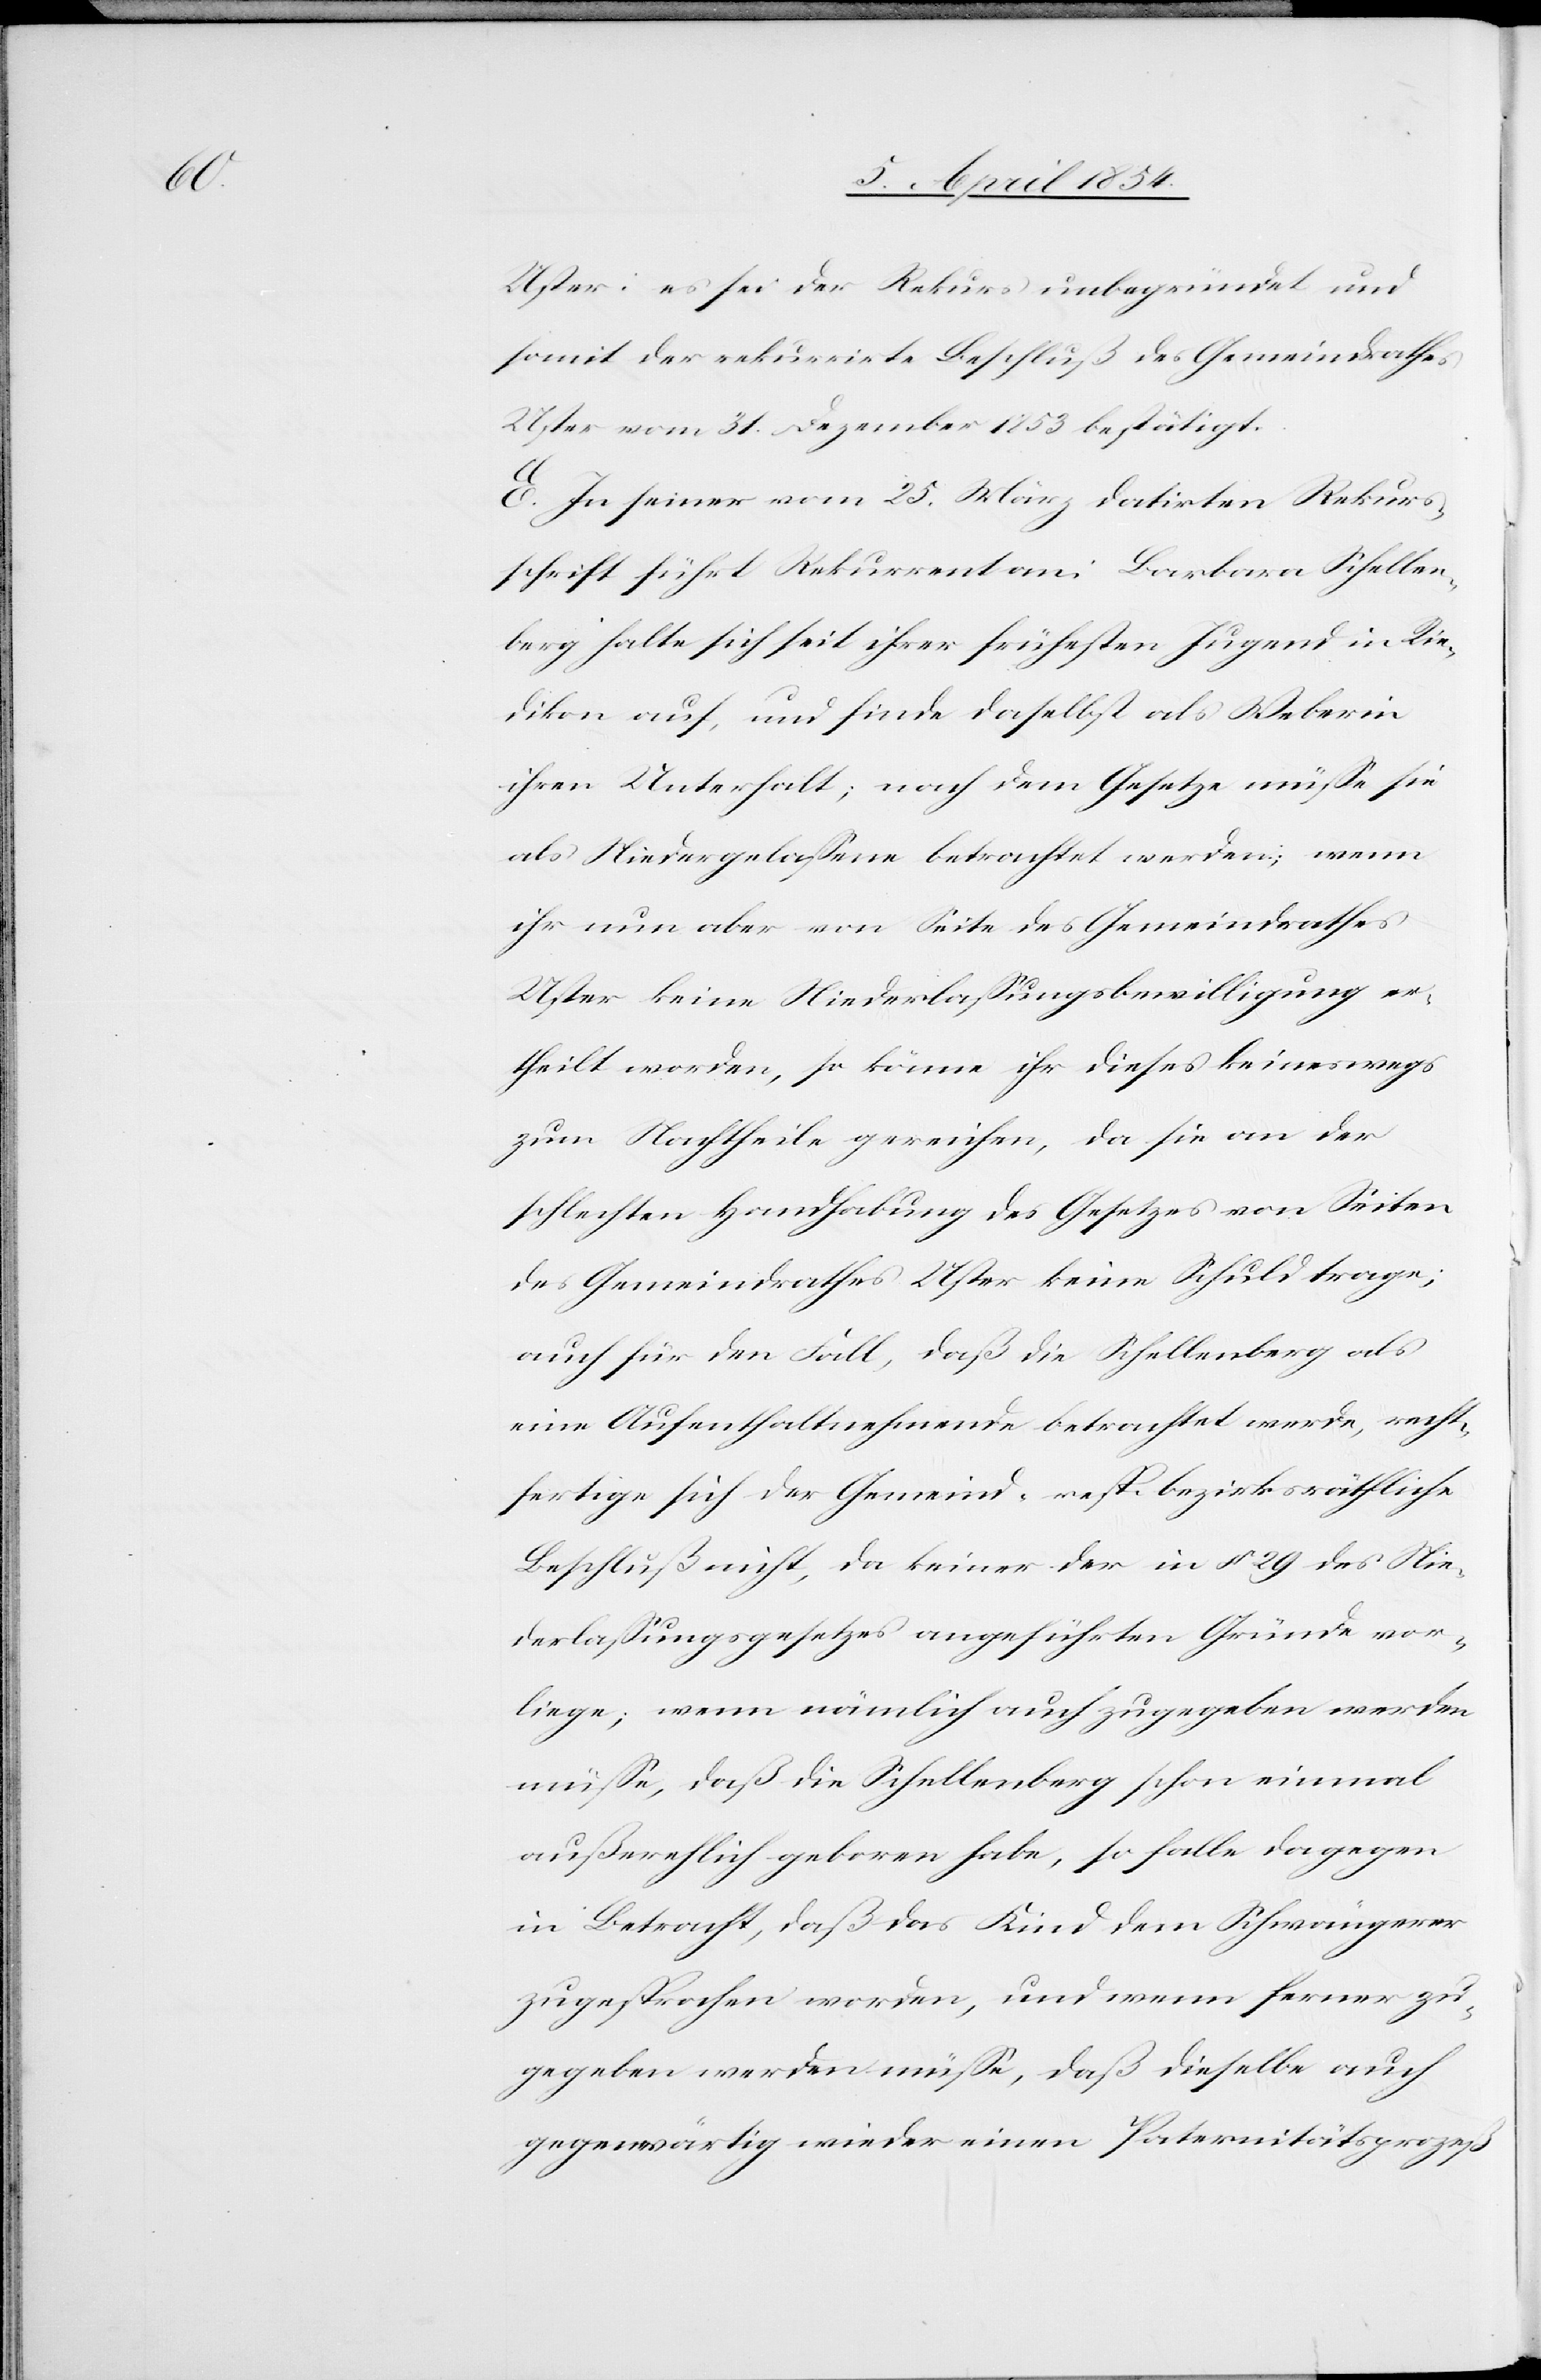
Uster: es sei der Rekurs unbegründet und
somit der rekurrirte Beschluß des Gemeindrathes
Uster vom 31. Dezember 1853 bestätigt.
C. In seiner vom 25. März datirten Rekurs¬
schrift führt Rekurrent an: Barbara Schellen¬
berg halte sich seit ihrer frühesten Jugend in Rie¬
dikon auf, und finde daselbst als Weberin
ihren Unterhalt; nach dem Gesetze müße sie
als Niedergelaßene betrachtet werden; wenn
ihr nun aber von Seite des Gemeindrathes
Uster keine Niederlaßungsbewilligung er¬
theilt worden, so könne ihr dieses keineswegs
zum Nachtheile gereichen, da sie an der
schlechten Handhabung des Gesetzes von Seiten
des Gemeindrathes Uster keine Schuld trage;
auch für den Fall, daß die Schellenberg als
eine Aufenthaltnehmende betrachtet werde, recht¬
fertige sich der Gemeind- resp. bezirksräthliche
Beschluß nicht, da keiner der in § 29 des Nie¬
derlaßungsgesetzes angeführten Gründe vor¬
liege; wenn nämlich auch zugegeben werden
müße, daß die Schellenberg schon einmal
außerehelich geboren habe, so falle dagegen
in Betracht, daß das Kind dem Schwängerer
zugesprochen worden, und wenn ferner zu¬
gegeben werden müße, daß dieselbe auch
gegenwärtig wieder einen Paternitätsprozeß